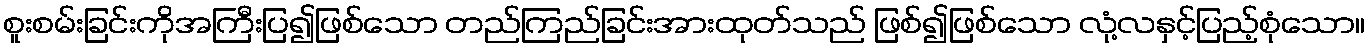
စူးစမ်းခြင်းကိုအကြီးပြ၍ဖြစ်သော တည်ကြည်ခြင်းအားထုတ်သည် ဖြစ်၍ဖြစ်သော လုံ့လနှင့်ပြည့်စုံသော။